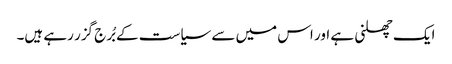
ایک چھلنی ہے اور اس میں سے سیاست کے بُرج گزر رہے ہیں۔